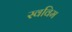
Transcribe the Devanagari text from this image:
स्वविम